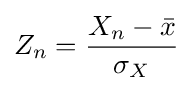
Z_{n}={\frac {X_{n}-{\bar {x}}}{\sigma _{X}}}